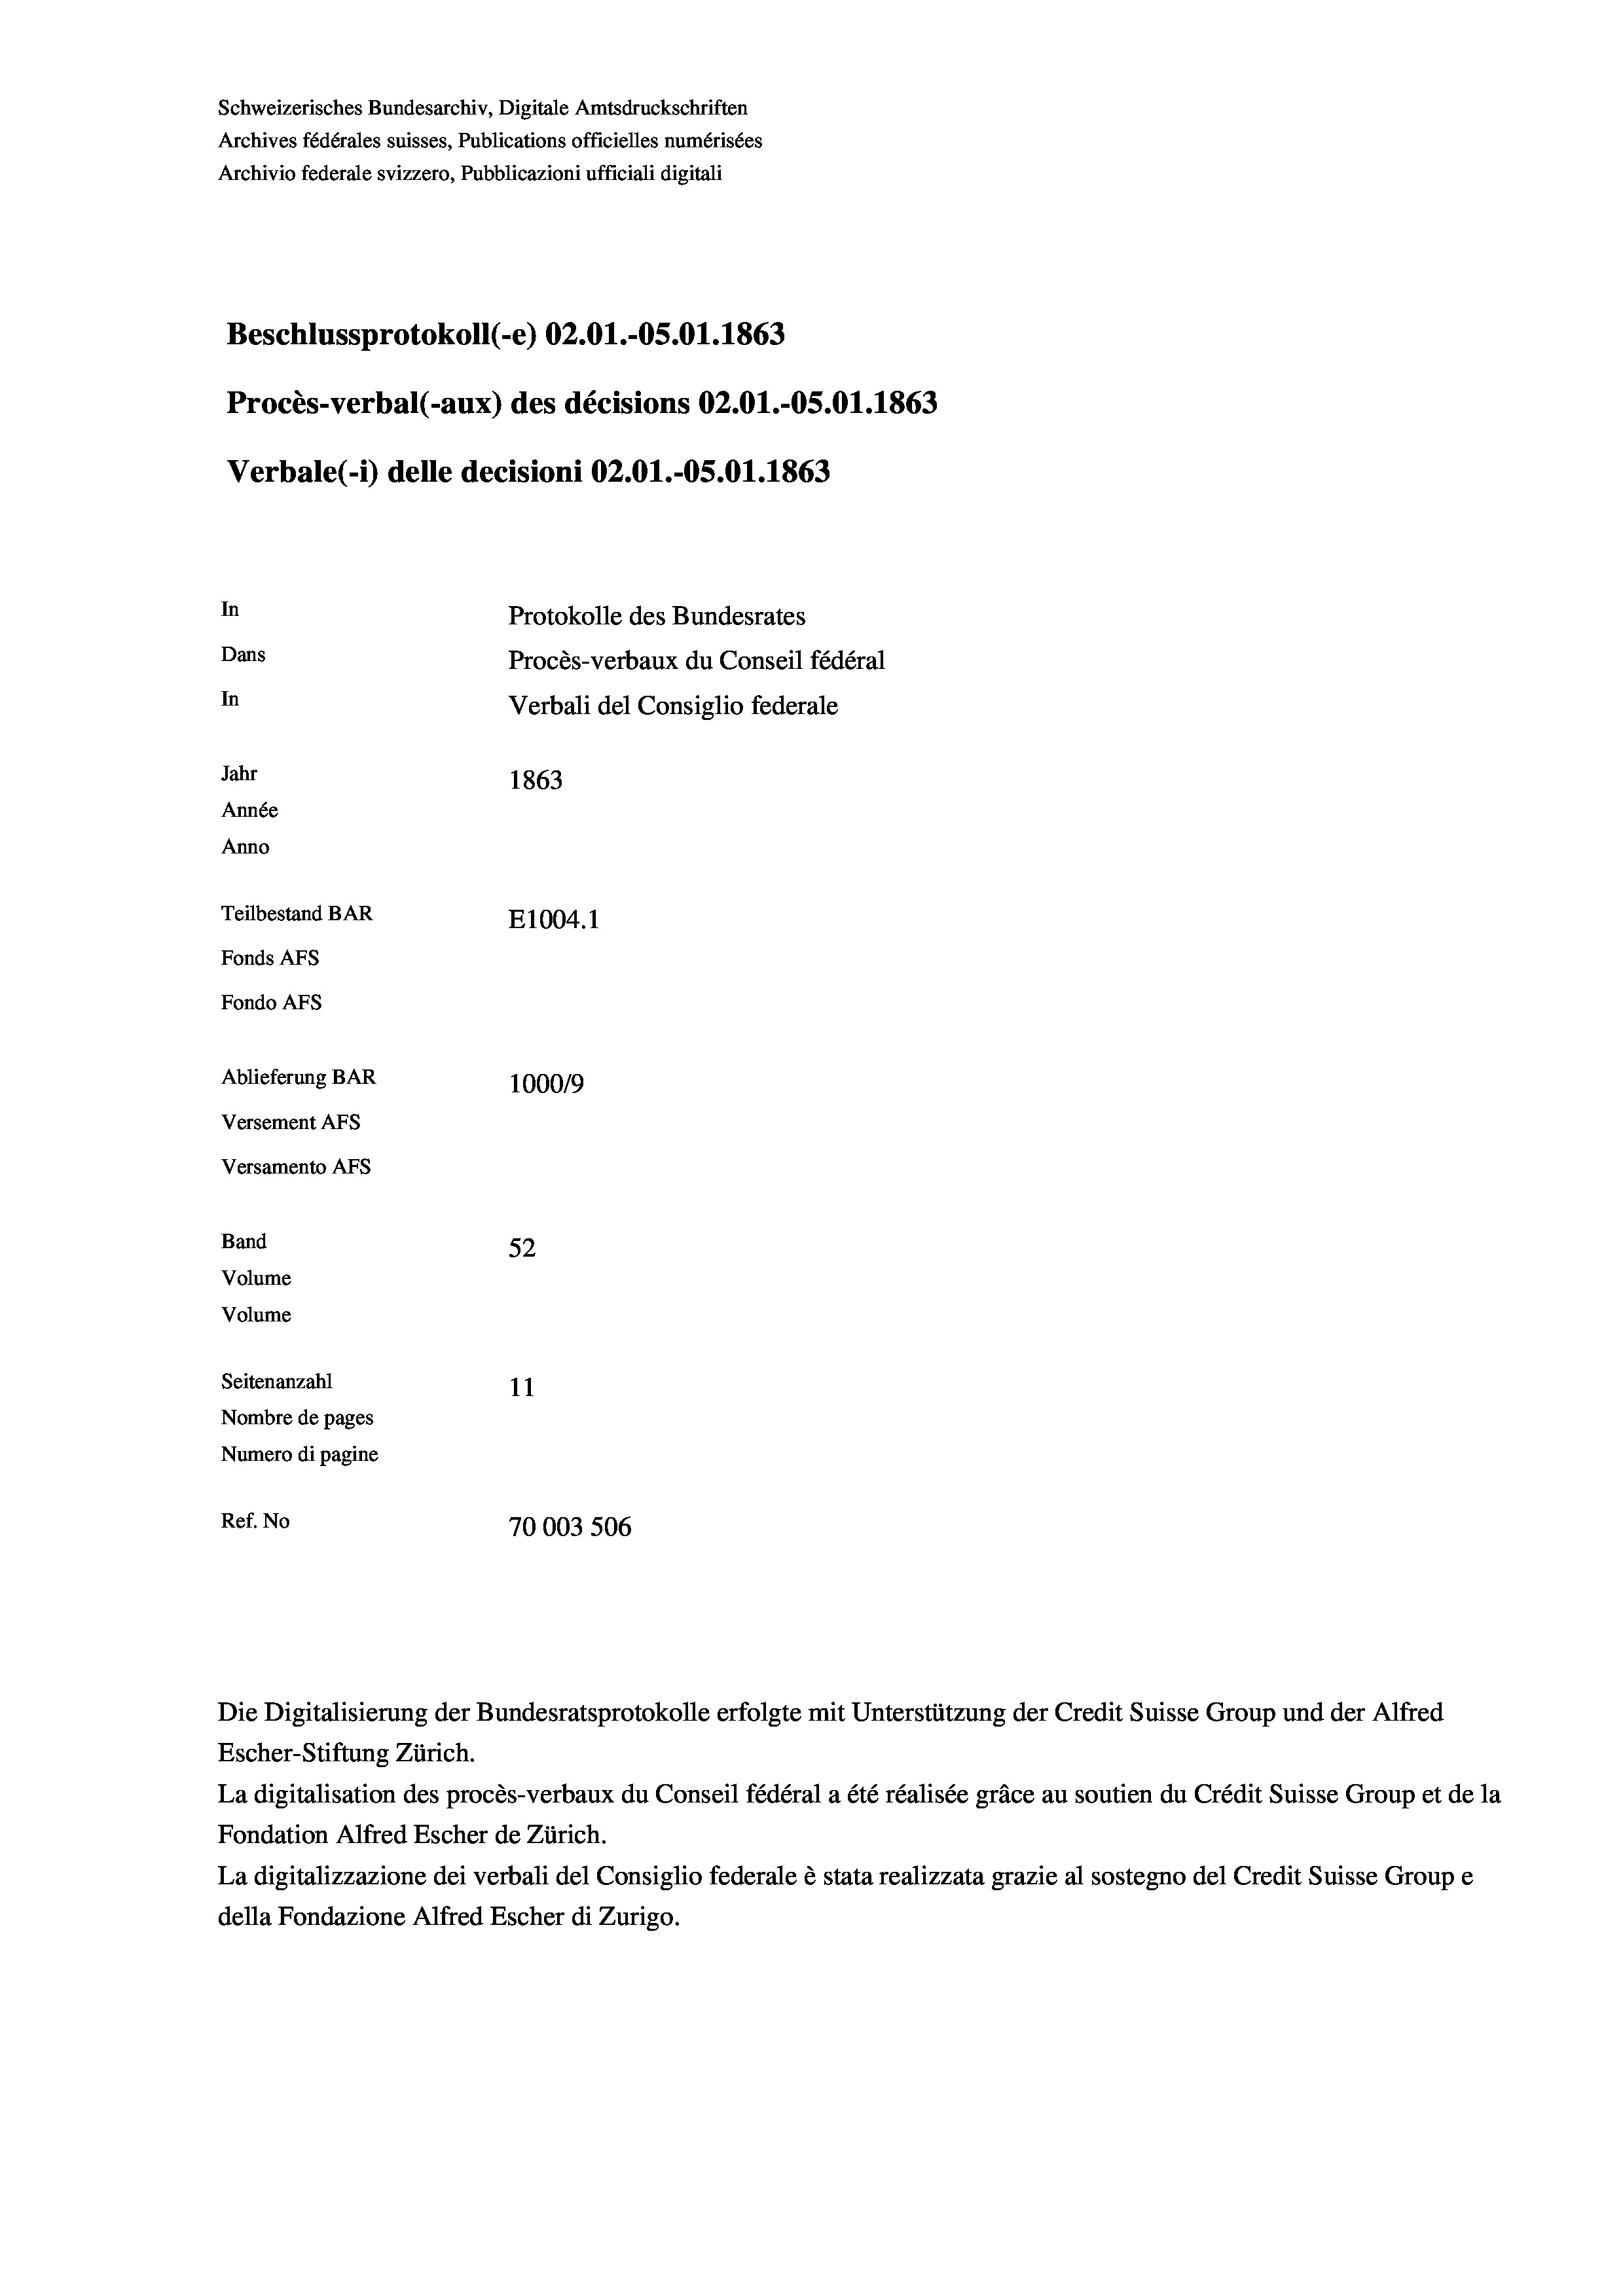
Schweizerisches Bundesarchiv, Digitale Amtsdruckschriften
Beschlussprotokoll (-e) 02.01.-OS.01. 1863
Procès-verbal (-aux) des décisions 02.01.-OS.01. 1863
Verbale (1) delle decisioni 02.01.-OS.01. 1863
In
Protokolle des Bundesrates
Dans
Procès-verbaux du Conseil fédéral
In
Verbali del Consiglio federale
Jahr
1863
Année
Anno
Teilbestand BAR
E1004.1
Fonds AFs
Fondo AFS
Ablieferung BAR
100019
Versement AFs
Versamento AFs
Band
52
Volume
Volume
Seitenanzahl
11
Nombre de pages
Numero di pagine
Ref. No
70003 506

Archives fédérales suisses, Publications officielles numérisées
Archivio federale svizzero, Pubblicazioni ufficiali digitali

Die Digitalisierung der Bundesratsprotokolle erfolgte mit Unterstützung der Credit Suisse Group und der Alfred
Escher-Stiftung Zürich.
La digitalisation des procès-verbaux du Conseil fédéral a été réalisée gräce au soutien du Crédit Suisse Group et de la
Fondation Alfred Escher de Zürich.
La digitalizzazione dei verbali del Consiglio federale è stata realizzata grazie al sostegno del Credit Suisse Groupe
della Fondazione Alfred Escher di Zurigo.